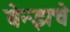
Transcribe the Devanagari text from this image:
बेन्झचे